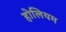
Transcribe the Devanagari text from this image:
होलियम